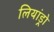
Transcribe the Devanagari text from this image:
लियांड्रो